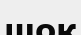
шок